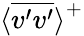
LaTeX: \textlangle\overline{{v^{\prime}v^{\prime}}}\textrangle^{+}